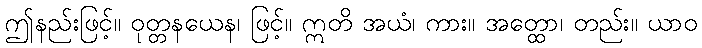
ဤနည်းဖြင့်။ ဝုတ္တနယေန၊ ဖြင့်။ ဣတိ အယံ၊ ကား။ အတ္ထော၊ တည်း။ ယာဝ